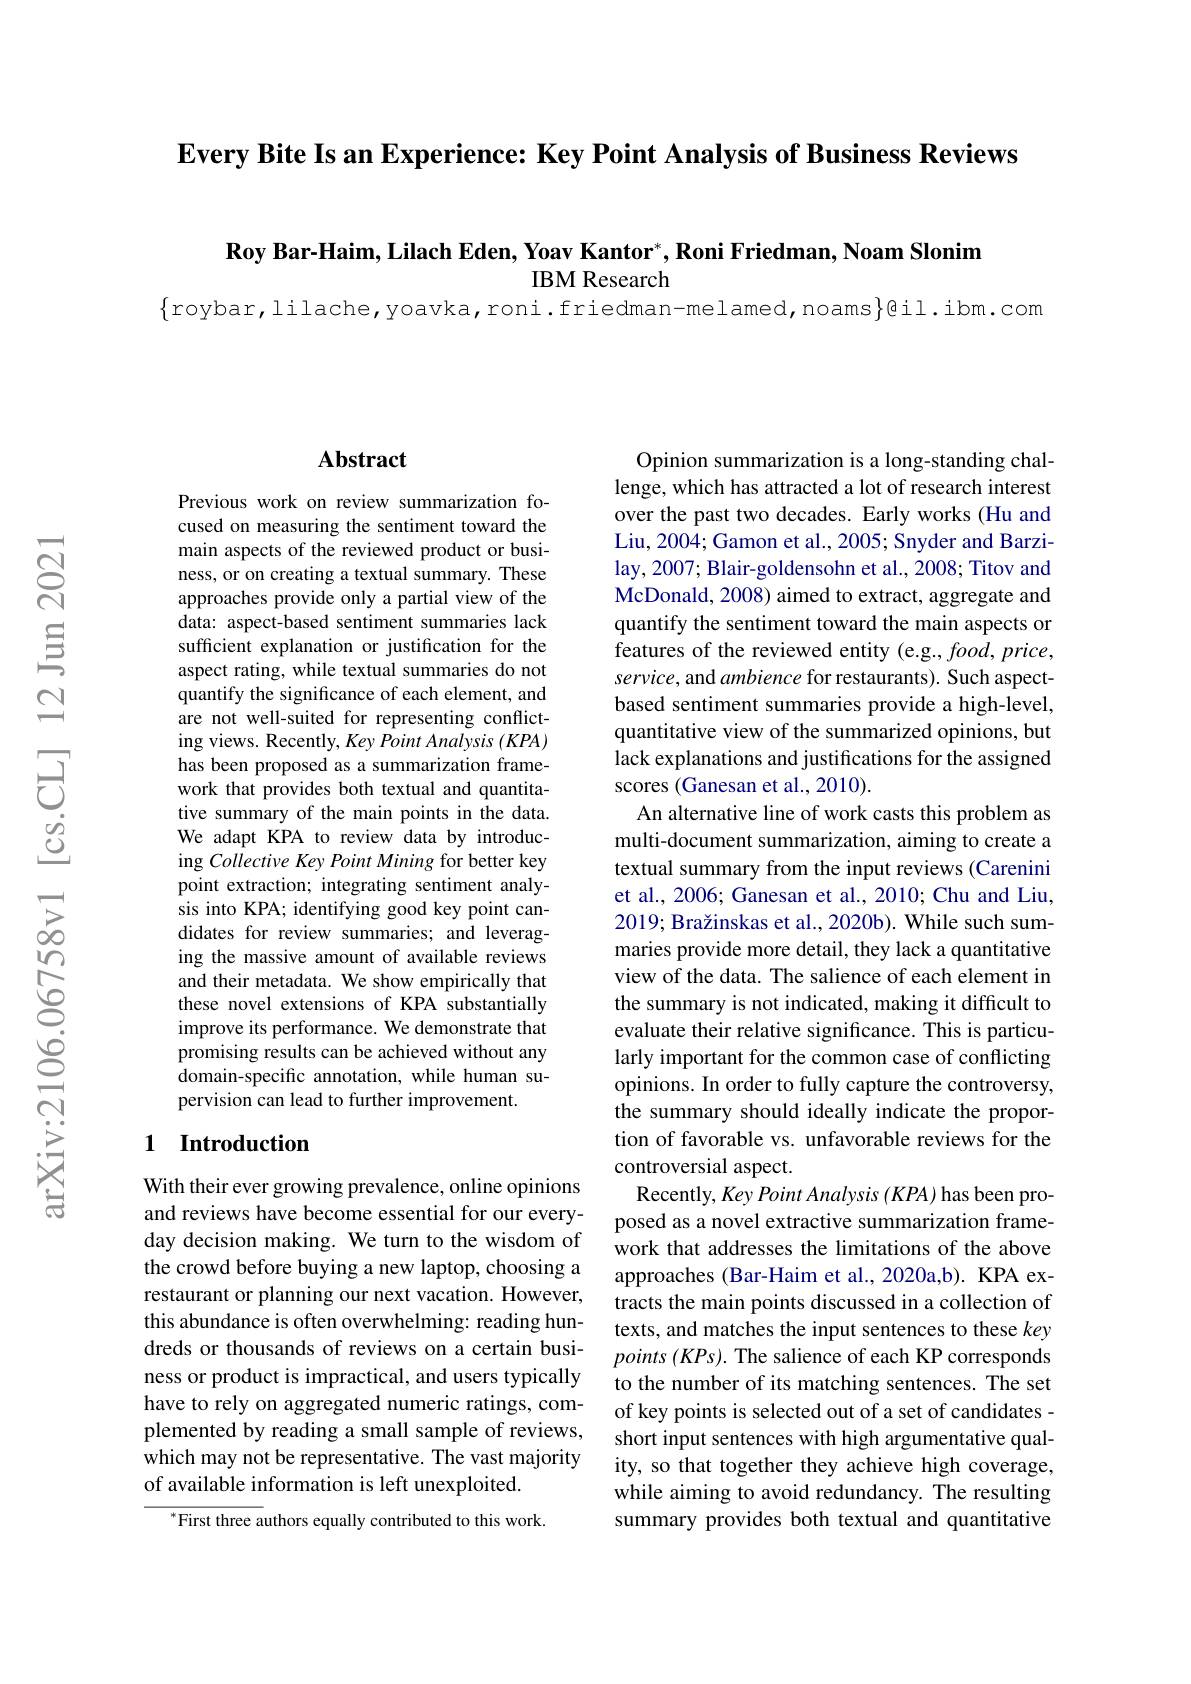
Every Bite Is an Experience: Key Point Analysis of Business Reviews

$\textbf{Roy Bar- Haim, Lilach Eden, Yoav Kantor}^* , \textbf{Roni Friedman, Noam Slonim}$
IBM Research

$\{$roybar,lilache,yoavka,roni.friedman-melamed,noams$\}$@il.ibm.com

### $\mathbf{Abstract}$

Previous work on review summarization focused on measuring the sentiment toward the main aspects of the reviewed product or business, or on creating a textual summary. These approaches provide only a partial view of the data: aspect-based sentiment summaries lack sufficient explanation or justification for the aspect rating, while textual summaries do not quantify the significance of each element, and are not well-suited for representing conflicting views. Recently, Key Point Analysis (KPA) has been proposed as a summarization framework that provides both textual and quantitative summary of the main points in the data. We adapt KPA to review data by introducing Collective Key Point Mining for better key point extraction; integrating sentiment analysis into KPA; identifying good key point candidates for review summaries; and leveraging the massive amount of available reviews and their metadata. We show empirically that these novel extensions of KPA substantially improve its performance. We demonstrate that promising results can be achieved without any domain-specific annotation, while human supervision can lead to further improvement.

### 1 Introduction

With their ever growing prevalence, online opinions and reviews have become essential for our everyday decision making. We turn to the wisdom of the crowd before buying a new laptop, choosing a restaurant or planning our next vacation. However, this abundance is often overwhelming: reading hundreds or thousands of reviews on a certain business or product is impractical, and users typically have to rely on aggregated numeric ratings, complemented by reading a small sample of reviews, which may not be representative. The vast majority of available information is left unexploited.

$^{*}$First three authors equally contributed to this work.

Opinion summarization is a long-standing challenge, which has attracted a lot of research interest over the past two decades. Early works (Hu and Liu, 2004; Gamon et al., 2005; Snyder and Barzilay, 2007; Blair-goldensohn et al., 2008; Titov and McDonald, 2008) aimed to extract, aggregate and quantify the sentiment toward the main aspects or features of the reviewed entity (e.g., food, price, service, and ambience for restaurants). Such aspectbased sentiment summaries provide a high-level, quantitative view of the summarized opinions, but lack explanations and justifications for the assigned scores (Ganesan et al., 2010).
An alternative line of work casts this problem as multi-document summarization, aiming to create a textual summary from the input reviews (Carenini et al., 2006; Ganesan et al., 2010; Chu and Liu, 2019; Bražinskas et al., 2020b). While such summaries provide more detail, they lack a quantitative view of the data. The salience of each element in the summary is not indicated, making it difficult to evaluate their relative significance. This is particularly important for the common case of conflicting opinions. In order to fully capture the controversy, the summary should ideally indicate the proportion of favorable vs. unfavorable reviews for the controversial aspect.
Recently, Key Point Analysis (KPA) has been proposed as a novel extractive summarization framework that addresses the limitations of the above approaches (Bar-Haim et al.,2020a,b). KPA extracts the main points discussed in a collection of texts, and matches the input sentences to these key $points(KPs).$ The salience of each KP corresponds to the number of its matching sentences. The set of key points is selected out of a set of candidates - short input sentences with high argumentative quality, so that together they achieve high coverage, while aiming to avoid redundancy. The resulting summary provides both textual and quantitative